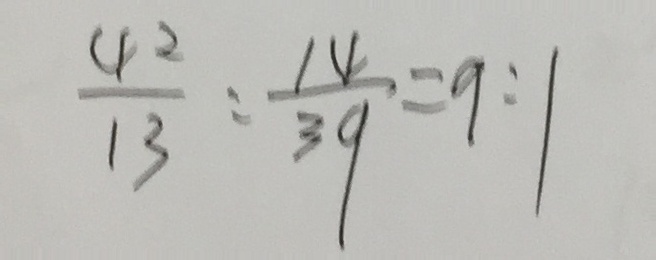
\frac { 4 2 } { 1 3 } : \frac { 1 4 } { 3 9 } = 9 : 1